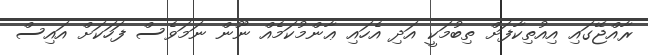
ރާއްޖޭގައި އިއުތިކާފަށް ތިބުމަކީ އަދި އެހައި ޢާންމުކަމެއް ނޫން ނަމަވެސް ފަހަކަށް އައިސް